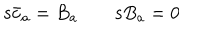
LaTeX: \mathrm { s } \bar { c } _ { a } = B _ { a } \qquad \mathrm { s } B _ { a } = 0